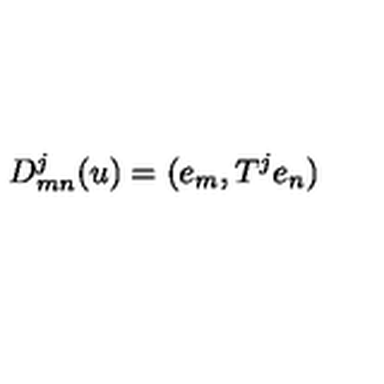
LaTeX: D _ { m n } ^ { j } ( u ) = ( e _ { m } , T ^ { j } e _ { n } )